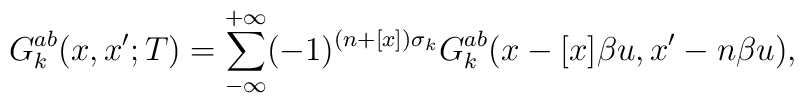
G^{ab}_k(x,x';T) = \sum\limits_{-\infty}^{+\infty}(-1)^{(n+[x])\sigma_k} G^{ab}_k(x-[x]\beta u, x'- n\beta u),